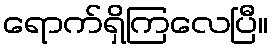
ရောက်ရှိကြလေပြီ။